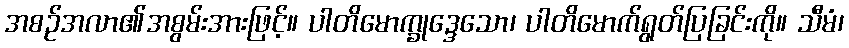
အစဉ်အလာ၏အစွမ်းအားဖြင့်။ ပါတိမောက္ခုဒ္ဒေသော၊ ပါတိမောက်ရွတ်ပြခြင်းကို။ သီမံ၊